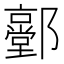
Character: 𨟐